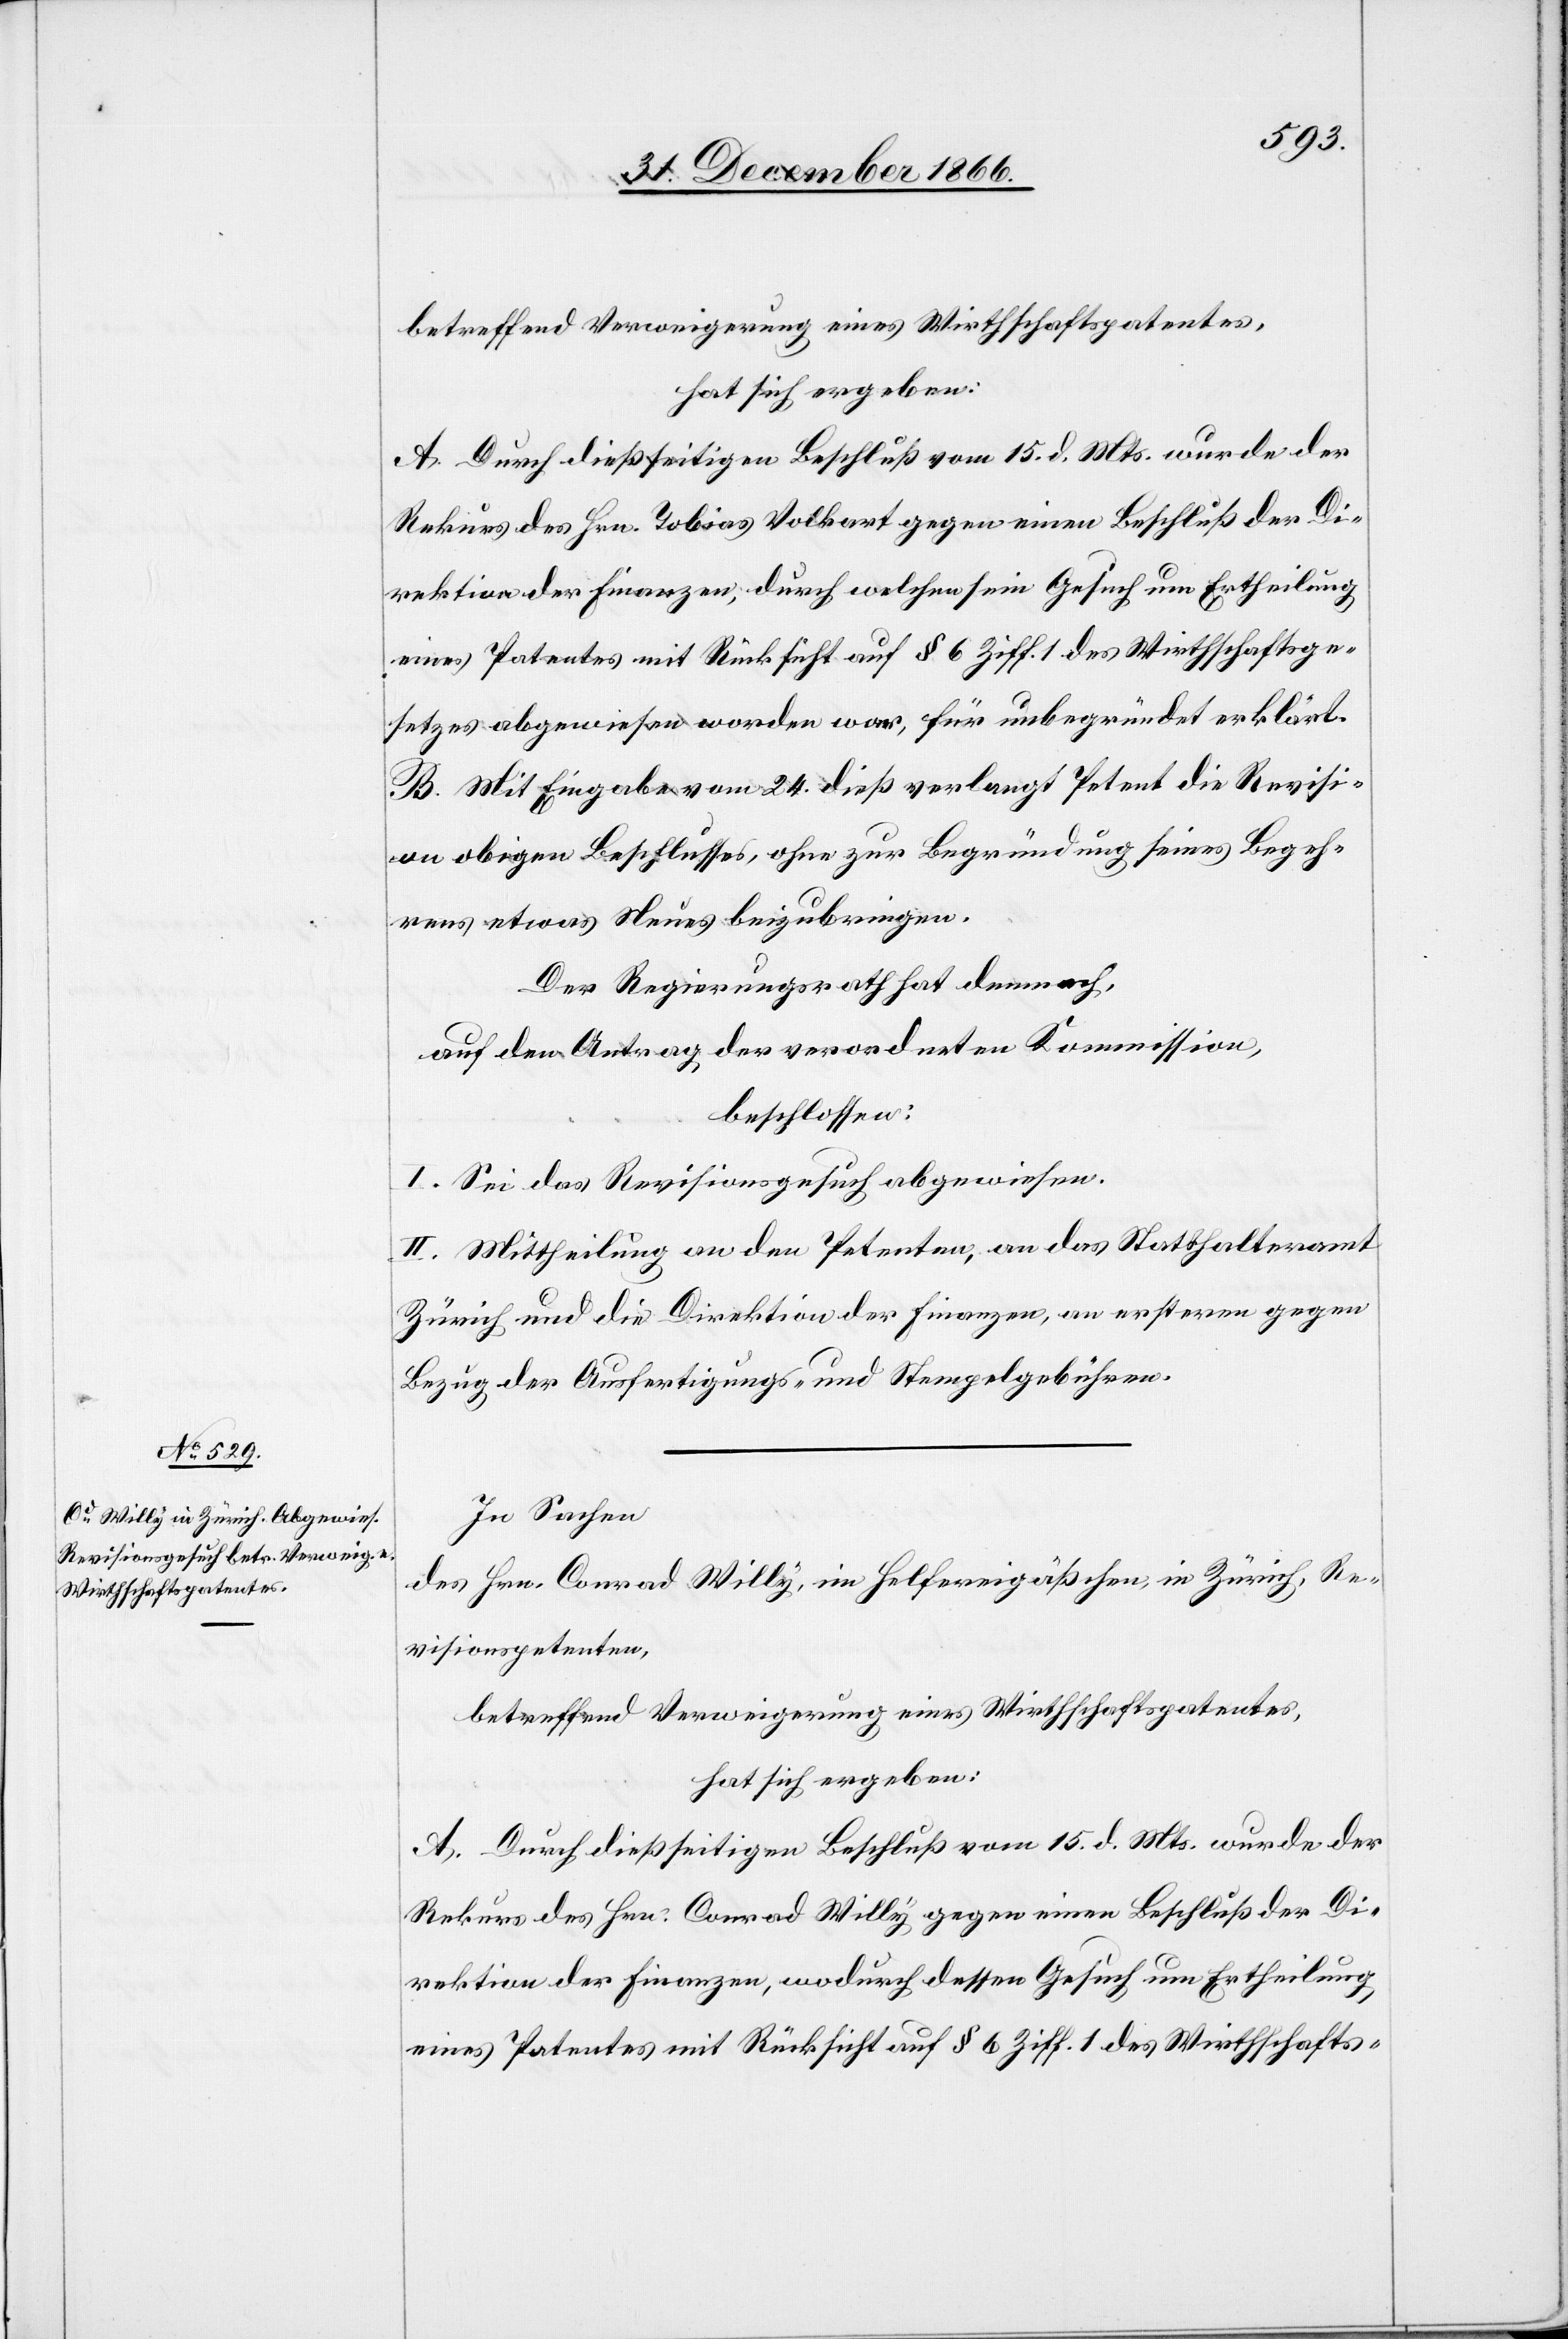
betreffend Verweigerung eines Wirthschaftspatentes,
hat sich ergeben:
A. Durch dießseitigen Beschluß vom 15. d. Mts. wurde der
Rekurs des Hrn. Tobias Volkart gegen einen Beschluß der Di¬
rektion der Finanzen, durch welchen sein Gesuch um Ertheilung
eines Patentes mit Rücksicht auf § 6 Ziff. 1 des Wirthschaftsge¬
setzes abgewiesen worden war, für unbegründet erklärt.
B. Mit Eingabe vom 24. dieß verlangt Petent die Revisi¬
on obigen Beschlusses, ohne zur Begründung seines Begeh¬
rens etwas Neues beizubringen.
Der Regierungsrath hat demnach,
auf den Antrag der verordneten Kommission,
beschlossen:
I. Sei das Revisionsgesuch abgewiesen.
II. Mittheilung an den Petenten, an das Statthalteramt
Zürich und die Direktion der Finanzen, an ersteren gegen
Bezug der Ausfertigungs- und Stempelgebühren.
In Sachen
des Hrn. Conrad Willy, im Helfereigäßchen in Zürich, Re¬
visionspetenten,
betreffend Verweigerung eines Wirthschaftspatentes,
hat sich ergeben:
A. Durch dießseitigen Beschluß vom 15. d. Mts. wurde der
Rekurs des Hrn. Conrad Willy gegen einen Beschluß der Di¬
rektion der Finanzen, wodurch dessen Gesuch um Ertheilung
eines Patentes mit Rücksicht auf § 6 Ziff. 1 des Wirthschafts-